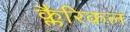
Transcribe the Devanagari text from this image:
क्लैरिकल